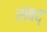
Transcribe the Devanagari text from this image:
संबद्